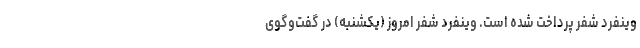
وینفرد شفر پرداخت شده است. وینفرد شفر امروز (یکشنبه) در گفت‌وگوی